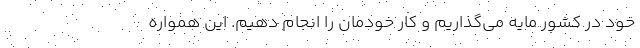
خود در کشور مایه می‌گذاریم و کار خودمان را انجام دهیم. این همواره